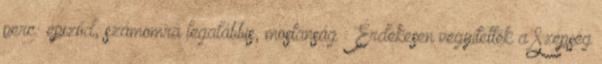
perc epizód, számomra legalábbis, mostanság : Érdekesen vegyítették a Szépség